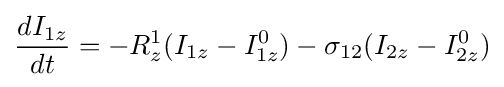
{d{I_{1z}} \over dt}=-R_{z}^{1}(I_{1z}-I_{1z}^{0})-\sigma _{12}(I_{2z}-I_{2z}^{0})